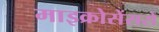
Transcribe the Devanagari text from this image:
माइक्रोसेंसरों